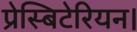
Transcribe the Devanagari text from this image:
प्रेस्बिटेरियन।